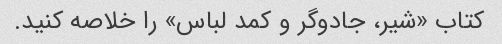
کتاب «شیر، جادوگر و کمد لباس» را خلاصه کنید.